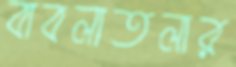
বাবলাতলার